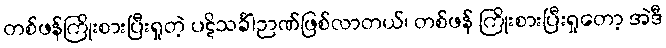
တစ်ဖန်ကြိုးစားပြီးရှုတဲ့ ပဋိသင်္ခါဉာဏ်ဖြစ်လာတယ်၊ တစ်ဖန် ကြိုးစားပြီးရှုတော့ အဲဒီ